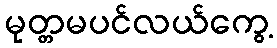
မုတ္တမပင်လယ်ကွေ့